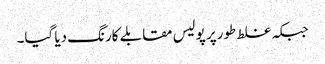
جبکہ غلط طورپر پولیس مقابلے کارنگ دیا گیا۔